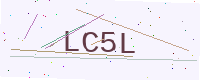
Text: LC5L